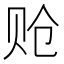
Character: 𬥳